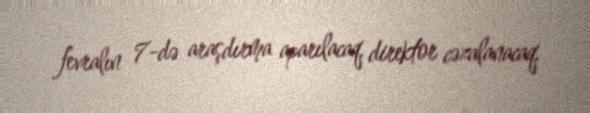
fevralın 7-də araşdırma aparılacaq, direktor cəzalanacaq.